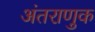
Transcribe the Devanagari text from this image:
अंतराणुक